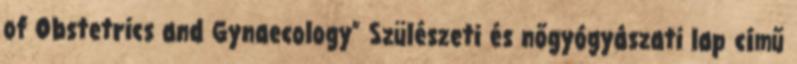
of Obstetrics and Gynaecology” Szülészeti és nőgyógyászati lap című